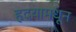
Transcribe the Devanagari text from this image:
हृदयामधून